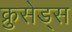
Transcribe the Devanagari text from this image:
क्रुसेड्स